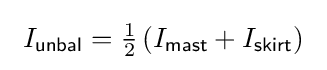
\ I_{\mathsf {unbal}}={\tfrac {1}{2}}\left(I_{\mathsf {mast}}+I_{\mathsf {skirt}}\right)~